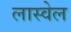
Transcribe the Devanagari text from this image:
लास्वेल